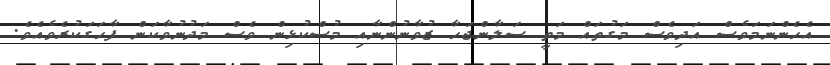
އެހެންނަމަވެސް އަދިވެސް މަގުތައް މަތީ ސަލާންޖަހާ ޒުވާނުންނާއި މުސްކުޅިން ވެސް މަދުނުވާކަން ފާހަގަކުރެވެއެވެ.